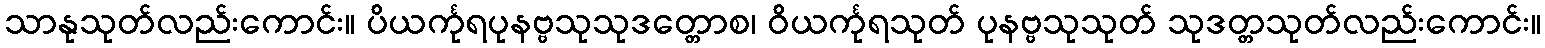
သာနုသုတ်လည်းကောင်း။ ပိယင်္ကုရပုနဗ္ဗသုသုဒတ္တောစ၊ ဝိယင်္ကုရသုတ် ပုနဗ္ဗသုသုတ် သုဒတ္တသုတ်လည်းကောင်း။